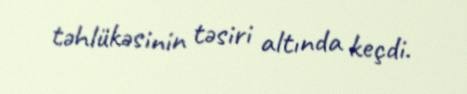
təhlükəsinin təsiri altında keçdi.